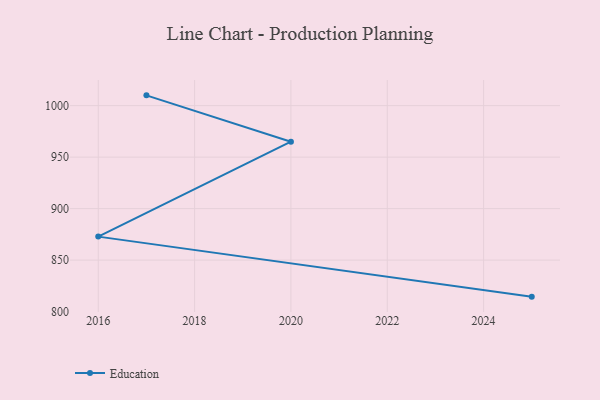
{"axis": {"x": "Year", "y": "Population (Million)"}, "legend": ["Education"], "data": [{"x": "2017", "y": 1010.0, "type": "Education"}, {"x": "2020", "y": 965.0, "type": "Education"}, {"x": "2016", "y": 872.8, "type": "Education"}, {"x": "2025", "y": 814.5, "type": "Education"}]}